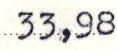
33,98